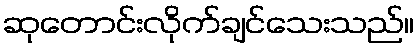
ဆုတောင်းလိုက်ချင်သေးသည်။